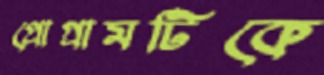
প্রোগ্রামটিকে